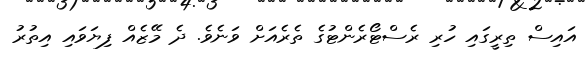
އައިސް ތިރީގައި ހުރި ރެސްޓޯރެންޓުގެ ތެރެއަށް ވަނެވެ. ދެ މޭޒެއް ފިޔަވައި އިތުރު